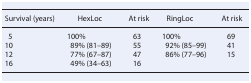
<table><thead><tr><td><b>Survival (years)</b></td><td><b>HexLoc</b></td><td><b>At risk</b></td><td><b>RingLoc</b></td><td><b>At risk</b></td></tr></thead><tbody><tr><td>5</td><td>100%</td><td>63</td><td>100%</td><td>69</td></tr><tr><td>10</td><td>89% (81–89)</td><td>55</td><td>92% (85–99)</td><td>41</td></tr><tr><td>12</td><td>77% (67–87)</td><td>47</td><td>86% (77–96)</td><td>15</td></tr><tr><td>16</td><td>49% (34–63)</td><td>16</td><td></td><td></td></tr></tbody></table>